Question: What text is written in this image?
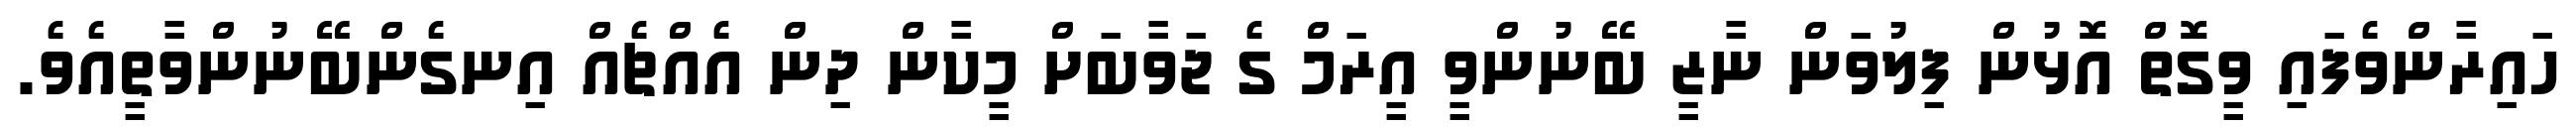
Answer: ހައިރާންވެފައި ވީގޮތް އޮޅުން ފިލުވަން ނާޒީ ބޭނުންވީ އީރަމް ގެ ޖަވާބަށް މީކާން ދިން އެއްޗެއް އިނގެންބޭނުންވާތީއެވެ.